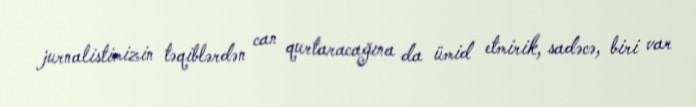
jurnalistimizin təqiblərdən can qurtaracağına da ümid etmirik, sadəcə, biri var